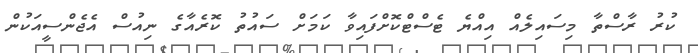
ކުރު ރާސްތާ މިސައިލެއް އިއްޔެ ޓެސްޓްކޮށްފައިވާ ކަމަށް ސައުތު ކޮރެއާގެ ނިއުސް އެޖެންސީއަކުން